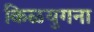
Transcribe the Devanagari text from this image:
किळयुगना